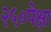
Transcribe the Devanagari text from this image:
२५०पेक्षा